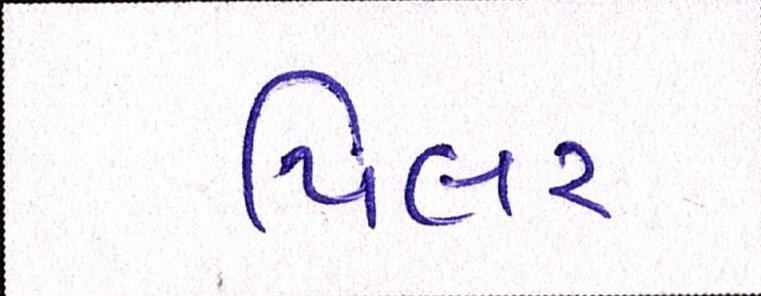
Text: પિલર